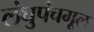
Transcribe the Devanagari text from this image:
लंघुपंचमूल